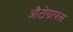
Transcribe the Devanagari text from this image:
औटोग्राफस